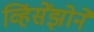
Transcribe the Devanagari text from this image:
व्हिंसेंझोने